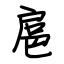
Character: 扈